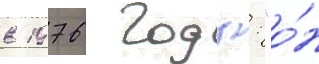
в 1976 году: "о́н